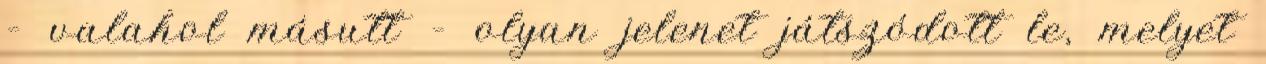
– valahol másutt – olyan jelenet játszódott le, melyet